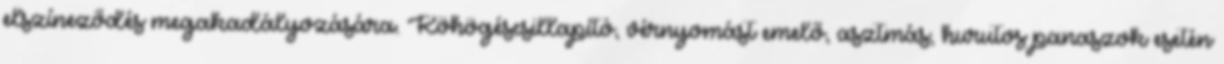
elszíneződés megakadályozására. Köhögéscsillapító, vérnyomást emelő, asztmás, hurutos panaszok esetén